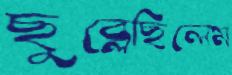
ছুব্‌লেছিলেম